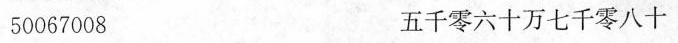
50067008 五千零六十万七千零八十